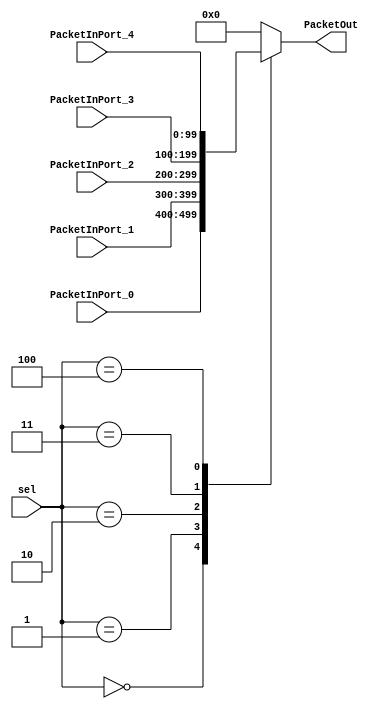
// --------------------------------------------------------------------------- //
/*
  FILE NAME:	mux.v

  VERSION:      $Revision: 1.0 $

  AUTHOR(S):    Ahmed Shalaby

  DATE CREATED: 31/08/2011

  DESCRIPTION:  This file implements mux used by output controller.
*/
//*********************************************************
// --------------------------------------------------------------------------- //
module mux ( PacketInPort_0, PacketInPort_1, PacketInPort_2 , PacketInPort_3,
				 PacketInPort_4, sel, PacketOut );
// --------------------------------------------------------------------------- //
// ------------------------ Parameter Declarations --------------------------- //
// number of bits for data bus
parameter dataWidth = 100;
// --------------------------------------------------------------------------- //
// ------------------------ Inputs Declarations ------------------------------ //
// input data packet from all other ports and Network Interface to Mux
input [dataWidth-1:0] PacketInPort_0,PacketInPort_1,PacketInPort_2,PacketInPort_3,PacketInPort_4;
// select input 
input [2:0] sel;
// --------------------------------------------------------------------------- //
// ------------------------ Outputs Declarations ----------------------------- //
// output data packet form Mux
output [dataWidth-1:0] PacketOut;
// --------------------------------------------------------------------------- //
// --------------------------- Wire Declarations ----------------------------- //
// input data packet from all other ports and Network Interface to Mux
wire [dataWidth-1:0] PacketInPort_0,PacketInPort_1,PacketInPort_2,PacketInPort_3,PacketInPort_4;
// select input 
wire [2:0] sel;
// --------------------------------------------------------------------------- //
// ------------------------ Registers Declarations --------------------------- //
// output data packet form Mux
reg [dataWidth-1:0] PacketOut;
// --------------------------------------------------------------------------- //
// ------------------------  instantiation Devices --------------------------- //
// --------------------------------------------------------------------------- //
// ----------------------- Sequential  Logic  -------------------------------- //
always @ (sel or PacketInPort_0 or PacketInPort_1 or
                 PacketInPort_2 or PacketInPort_3 or PacketInPort_4 )
  begin
      case (sel)
        // depend on sel , output port connected to selected input port.
        // 4 ports .. NI + 3 other ports than Input
        3'b000: PacketOut = PacketInPort_0;
        3'b001: PacketOut = PacketInPort_1;
        3'b010: PacketOut = PacketInPort_2;
        3'b011: PacketOut = PacketInPort_3;
		  3'b100: PacketOut = PacketInPort_4;
		  default: PacketOut = 0; // Don't Care
		  //default: PacketOut = 32'hxxxx_xxxx; //xxxx_xxxx Don't Care
		  //32'hXXXX_XXXX
      endcase
  end
// ----------------------- Combinational Logic  ------------------------------ //  
// --------------------------------------------------------------------------- //
endmodule
// ----------------------------- End of File --------------------------------- //

///**********************************************************************
// * Date: Aug. 28, 1999
// * File: Mux 4 to 1.v (440 Examples)
// *
// * Behavioral Model of a 4 to 1 MUX (16 data inputs) 
//http://www.cecs.csulb.edu/~rallison/pdf/Mux_4_to_1.pdf
// **********************************************************************/
////*********************************************************
// module mux_4to1(Y, A, B, C, D, sel);
////*********************************************************
// output [15:0] Y;
// input [15:0] A, B, C, D;
// input [1:0] sel;
// reg [15:0] Y;
// always @(A or B or C or D or sel) 
// case ( sel )
// 2'b00: Y = A;
// 2'b01: Y = B;
// 2'b10: Y = C;
// 2'b11: Y = D;
// default: Y = 16'hxxxx;
// endcase
// endmodule

/************************************************************************ 
* 
* Testbench to generate some stimulus and display the results for the 
* Mux 4 to 1 module -- with 4 sets of 16 data inputs and 2 select lines 
************************************************************************/ 
////********************************************************* 
//module Test_mux_4to1; 
////********************************************************* 
//wire [15:0] MuxOut; //use wire data type for outputs from instantiated module
//reg [15:0] A, B, C, D; //use reg data type for all inputs 
//reg [1:0] sel; // to the instantiated module
//reg clk; //to be used for timing of WHEN to change input values 
//// Instantiate the MUX (named DUT {device under test}) 
// mux_4to1 DUT(MuxOut, A, B, C, D, sel); 
////This block generates a clock pulse with a 20 ns period 
//always 
// #10 clk = ~clk; 
////This initial block will provide values for the inputs 
//// of the mux so that both inputs/outputs can be displayed 
//initial begin 
//$timeformat(-9, 1, " ns", 6); 
//clk = 1'b0; // time = 0 
//A = 16'hAAAA; B = 16'h5555; C = 16'h00FF; D = 16'hFF00; sel = 2'b00; 
//@(negedge clk) //will wait for next negative edge of the clock (t=20)
// A = 16'h0000; 
//@(negedge clk) //will wait for next negative edge of the clock (t=40)
// sel = 2'b01;
//@(negedge clk) //will wait for next negative edge of the clock (t=60)
// B = 16'hFFFF; 
//@(negedge clk) //will wait for next negative edge of the clock (t=80)
// sel = 2'b10; 
// A = 16'hA5A5; 
//@(negedge clk) //will wait for next negative edge of the clock (t=100)
// sel = 2'b00; 
//@(negedge clk) //will wait for next negative edge of the clock (t=120)
// $finish; // to shut down the simulation 
//end //initial
//// this block is sensitive to changes on ANY of the inputs and will 
//// then display both the inputs and corresponding output 
//always @(A or B or C or D or sel) 
// #1 $display("At t=%t / sel=%b A=%h B=%h C=%h D=%h / MuxOut=%h", 
// $time, sel, A, B, C, D, MuxOut); 
//endmodule